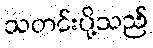
သတင်းပို့သည်